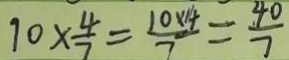
1 0 \times \frac { 4 } { 7 } = \frac { 1 0 \times 1 4 } { 7 } = \frac { 4 0 } { 7 }